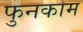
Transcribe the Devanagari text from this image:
फुनकाम